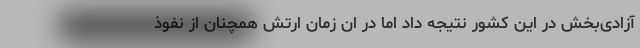
آزادی‌بخش در این کشور نتیجه داد اما در ان زمان ارتش همچنان از نفوذ